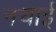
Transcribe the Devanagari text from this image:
नचाई